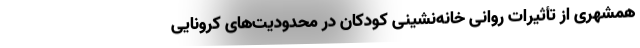
همشهری از تأثیرات روانی خانه‌نشینی کودکان در محدودیت‌های کرونایی